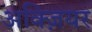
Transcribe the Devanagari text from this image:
अक्ज़ियर